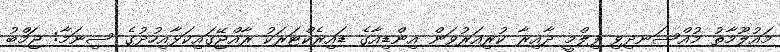
މައުލޫމާތު މުއްސަނދިވި ފިލްމީ ދާއިރާ ކުރިއަރުވަން އިންޑިއާގެ ޑައިރެކްޓަރަކު ރާއްޖޭގައިކަޅާއިހުދުގެ ސިނަމާ: ޖަމްބު